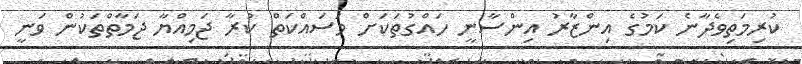
ކުރިމަތިވެދާނެ ކަމުގެ އިންޒާރު އިންސާނީ ހައްގުތަކަށް މަސައްކަތް ކުރާ ޖަމިއްޔާ ޖަމާތްތަކުން ވަނީ